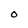
Character: 0